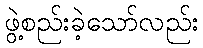
ဖွဲ့စည်းခဲ့သော်လည်း